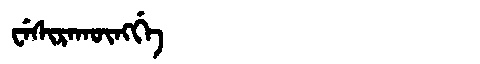
Manchu: ᠸᡝᠰᡳᡵᠠᡴᡡᠩᡤᡝ
Romanization: WESIRAKŪNGGE